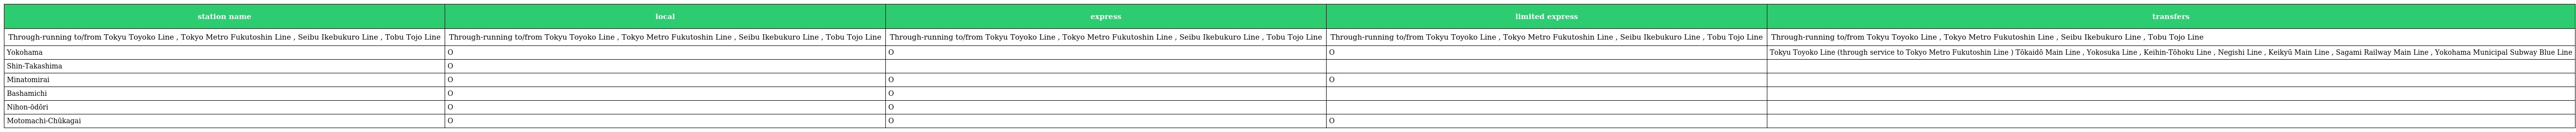
| station name | local | express | limited express | transfers |
 | --- | --- | --- | --- | --- |
 | Through-running to/from Tokyu Toyoko Line , Tokyo Metro Fukutoshin Line , Seibu Ikebukuro Line , Tobu Tojo Line | Through-running to/from Tokyu Toyoko Line , Tokyo Metro Fukutoshin Line , Seibu Ikebukuro Line , Tobu Tojo Line | Through-running to/from Tokyu Toyoko Line , Tokyo Metro Fukutoshin Line , Seibu Ikebukuro Line , Tobu Tojo Line | Through-running to/from Tokyu Toyoko Line , Tokyo Metro Fukutoshin Line , Seibu Ikebukuro Line , Tobu Tojo Line | Through-running to/from Tokyu Toyoko Line , Tokyo Metro Fukutoshin Line , Seibu Ikebukuro Line , Tobu Tojo Line |
 | Yokohama | O | O | O | Tokyu Toyoko Line (through service to Tokyo Metro Fukutoshin Line ) Tōkaidō Main Line , Yokosuka Line , Keihin-Tōhoku Line , Negishi Line , Keikyū Main Line , Sagami Railway Main Line , Yokohama Municipal Subway Blue Line |
 | Shin-Takashima | O |  |  |  |
 | Minatomirai | O | O | O |  |
 | Bashamichi | O | O |  |  |
 | Nihon-ōdōri | O | O |  |  |
 | Motomachi-Chūkagai | O | O | O |  |